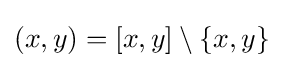
(x,y)=[x,y]\setminus \{x,y\}